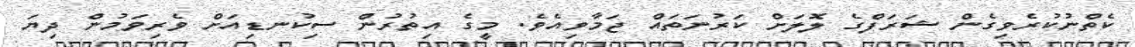
ކެތްނުކުރެވިގެން ޝަރަފްގެ ލޮލަށް ކަރުނަތައް ޖަމާވިއެވެ. މީގެ އިތުރުން ސިކުނޑިއަށް ވެރިވަމުން ދިޔަ